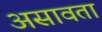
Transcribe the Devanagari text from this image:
असावता